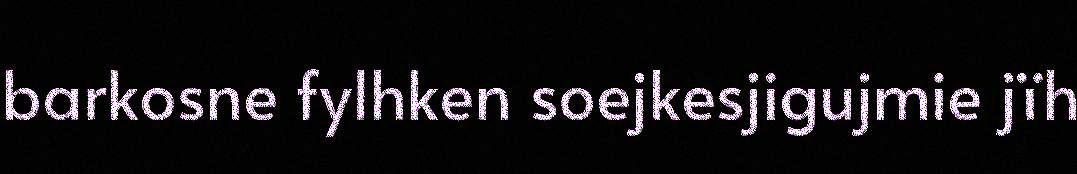
barkosne fylhken soejkesjigujmie jïh